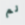
لم